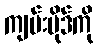
ကျမ်းပိုဒ်ကို